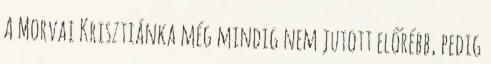
A Morvai Krisztiánka még mindig nem jutott előrébb, pedig